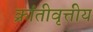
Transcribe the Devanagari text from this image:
क्रांतीवृत्तीय